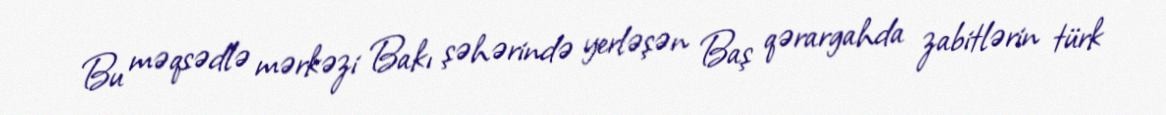
Bu məqsədlə mərkəzi Bakı şəhərində yerləşən Baş qərargahda zabitlərin türk